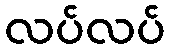
လပ်လပ်